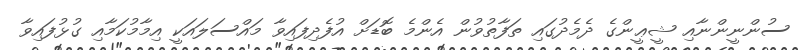
ސުންނީންނާއި ޝީޢީންގެ ދެމެދުގައި ތަފާތުވުން އެންމެ ބޮޑަށް އުފެދިފައިވާ މައްސަލައަކީ އިމާމުކަމާއި ގުޅުފައިވާ